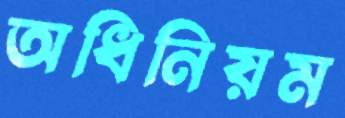
অধিনিয়ম